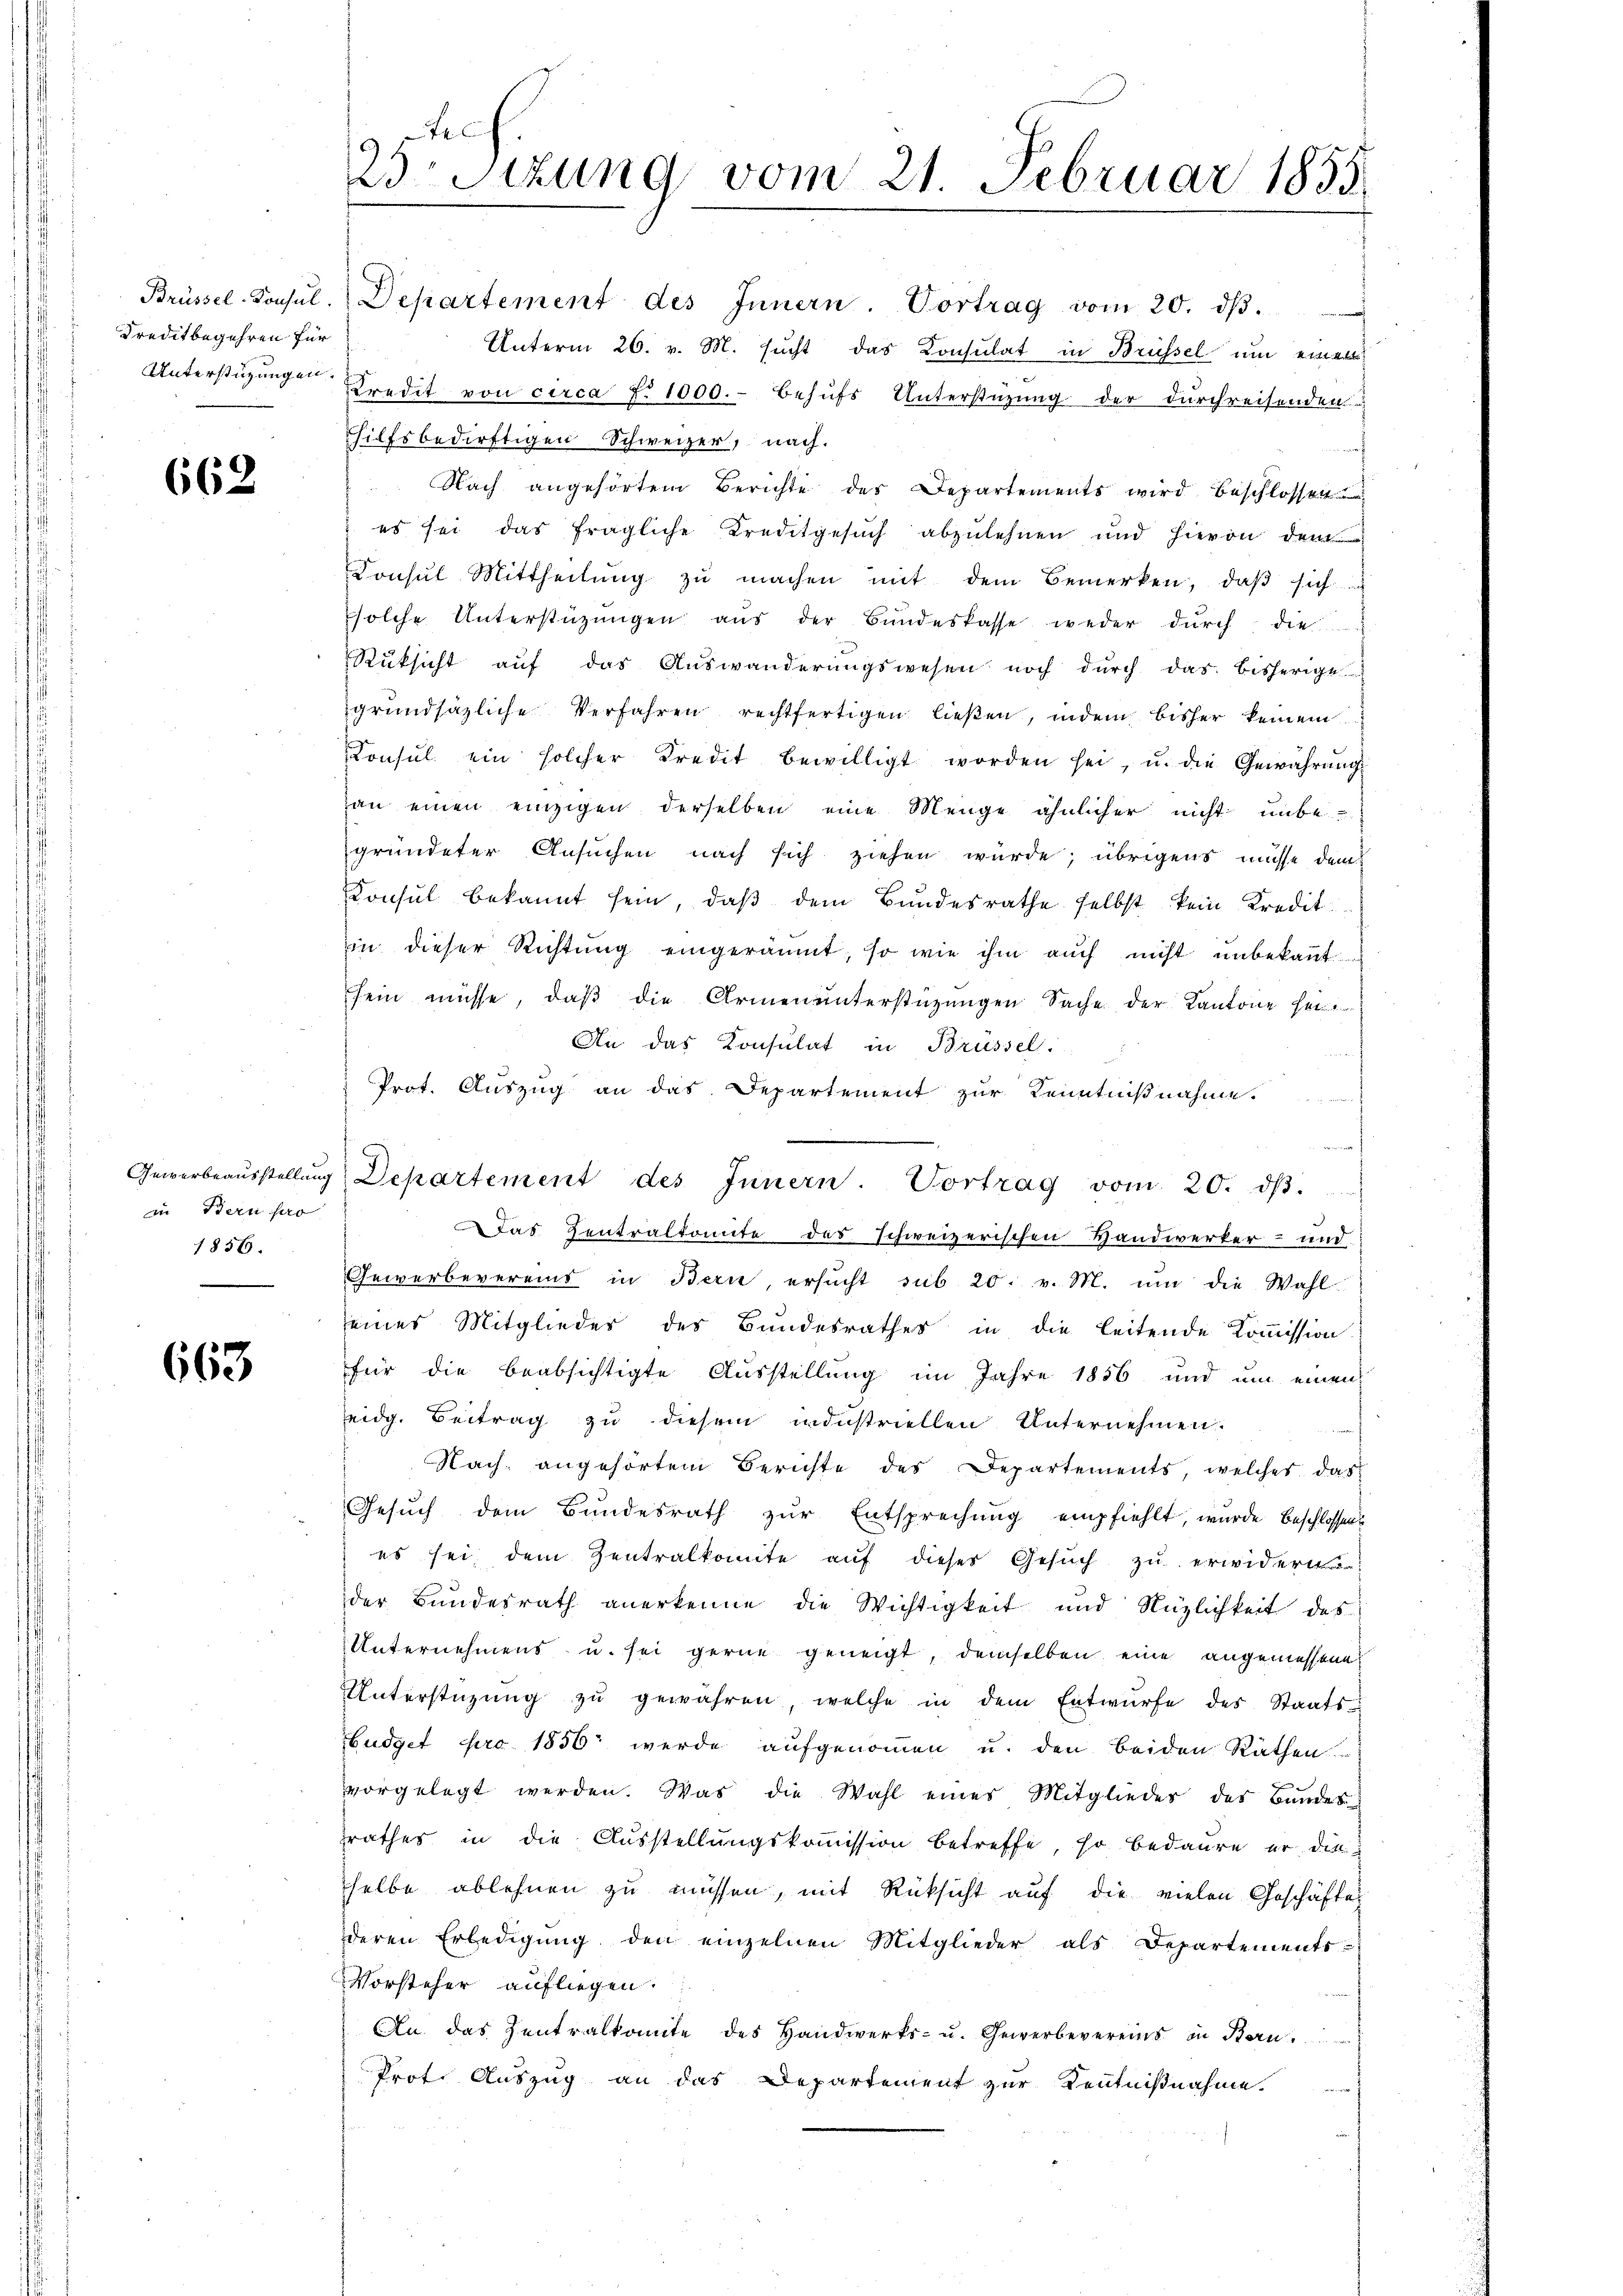
Kreditbegehren für

662

in Bern pro
1856.

663

Brüssel-Konsŭl. Departement des Innern. Vortrag vom 20. dβ.
Unterm 26. v. M. sucht das Konsulat in Brüssel um einen
Unterstüzungen Credit von circa f. 1000.- behŭfs Unterstüzung der durchreisenden
ilfsbedürftigen Schweizer, nach.
Nach angehörtem Berichte des Departements wird beschlossen
es sei das fragliche Kreditgesuch abzulehnen und hievon dem
Konsul Mittheilung zu machen mit dem Bemerken, daß sich
solche Unterstützŭngen aŭs der Bŭndeskasse weder dŭrch die
Rüksicht auf das Auswanderungswesen noch durch das bisherige
grundsätzliche Verfahren rechtfertigen ließen, indem bisher keinem
Consul ein solcher Kredit bewilligt worden sei, u. die Gewährŭng
an einen einzigen derselben eine Menge ähnlicher nicht unbe
gründeter Ansuchen nach sich ziehen würde; übrigens müsse dem
Konsul bekannt sein, daß dem Bundesrathe selbst kein Kreditin dieser Richtŭng eingeräumt, so wie ihm auch nicht unbekannt.
sein müsse, daß die Armenunterstützungen Sache der Kantone sei
An das Konsulat in Brüssel
Prot. Auszug an das Departement zur Kenntnißnahme.
f
Das Zentralkomite das schweizerischen Handwerker- und
Gewerbevereins in Bern, ersŭcht sub 20. v. M. ŭm die Wahl
seines Mitglieder des Bundesrathes in die leitende Koṁission
für die beabsichtigte Ausstellung im Jahre 1856 und um einen
eidg. Beitrag zu diesem industriellen Unternehmen.
Nach angehörten Berichte des Departements, welches das
Gesuch dem Bundesrath zŭr Entsprechung empfiehlt, wurde beschlossen
es sei dem Zentralkomite auf dieser Gesŭch zu erwidern
der Bundesrath anerkenne die Wichtigkeit und Nüzlichkeit des
Unternehmens u. sei gerne geneigt, demselben eine angemessene
Unterstüzung zŭ gewähren, welche in dem Entwürfe des Staatsudget pro 1856 wurde aufgenommen u. den beiden Räthen
vorgelegt werden. Was die Wahl eines Mitgliedes des Bundes
rathes in die Ausstellungskommission betreffe, so bedaure er die
selbe ablehnen zu müssen, mit Rüksicht auf die vielen Geschäftes
deren Erledigŭng den einzelnen Mitglieder als Departements
Vorsteher aufliegen.
An das Zentralkomite des Handwerks- u. Gewerbevereins in Bern
Prot. Auszug an das Departement zur Kenntnißnahme.

A
23 Stzung vom 21. Februar 1855

Gewerbeaŭsstellŭng, Departement des Innern. Vortrag vom 20. dβ.